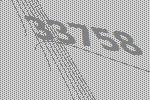
33758